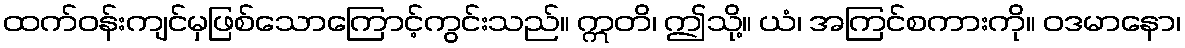
ထက်ဝန်းကျင်မှဖြစ်သောကြောင့်ကွင်းသည်။ ဣတိ၊ ဤသို့။ ယံ၊ အကြင်စကားကို။ ဝဒမာနော၊